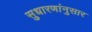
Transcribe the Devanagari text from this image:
सुधारणांनुसार